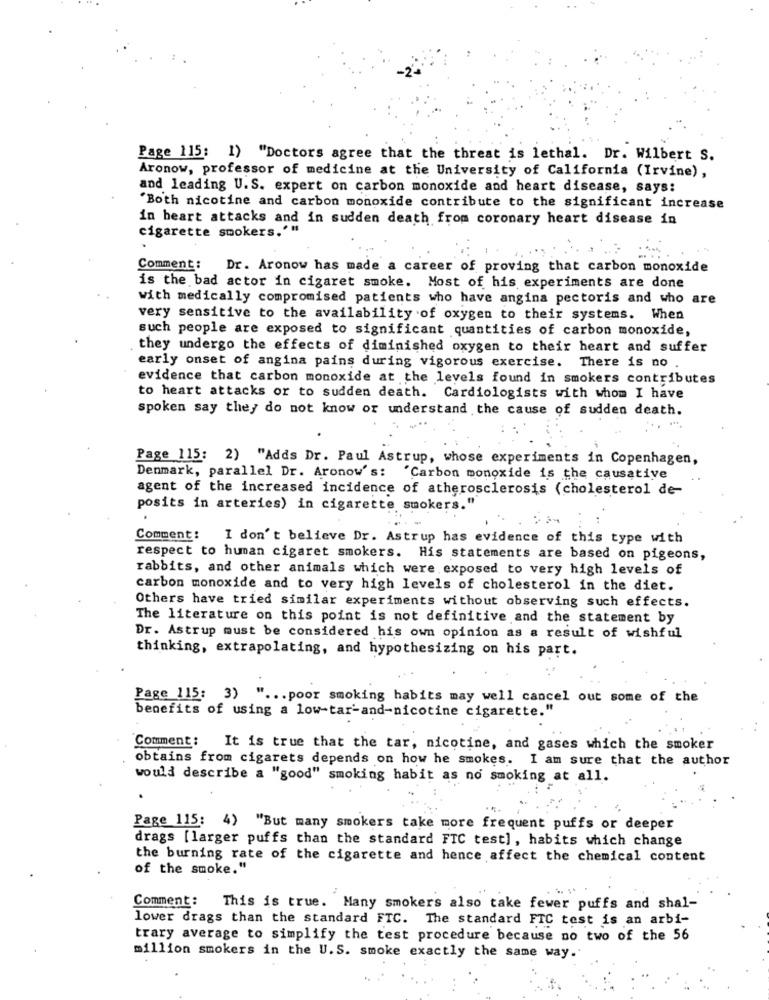
Page 115: 1) "Doctors agree that the threat is lethal. Dr. Wilbert S.
Aronow, professor of medicine at the University of California (Irvine),
and leading U.S. expert on carbon monoxide and heart disease, says:
"Both nicotine and carbon monoxide contribute to the significant increase
in heart attacks and in sudden death from coronary heart disease in
cigarette smokers.'"
Comment: Dr. Aronow has made a career of proving that carbon monoxide
is the bad actor in cigaret smoke. Most of his experiments are done
with medically compromised patients who have angina pectoris and who are
very sensitive to the availability of oxygen to their systems. When
such people are exposed to significant quantities of carbon monoxide,
they undergo the effects of diminished oxygen to their heart and suffer
early onset of angina pains during vigorous exercise. There is no
evidence that carbon monoxide at the levels found in smokers contributes
to heart attacks or to sudden death. Cardiologists with whom I have
spoken say they do not know or understand the cause of sudden death.
Page 115: 2) "Adds Dr. Paul Astrup, whose experiments in Copenhagen,
Denmark, parallel Dr. Aronow's: 'Carbon monoxide is the causative
agent of the increased incidence of atherosclerosis (cholesterol de-
posits in arteries) in cigarette smokers."
Comment :
I don't believe Dr. Astrup has evidence of this type with
respect to human cigaret smokers. His statements are based on pigeons,
rabbits, and other animals which were exposed to very high levels of
carbon monoxide and to very high levels of cholesterol in the diet.
Others have tried similar experiments without observing such effects.
The literature on this point is not definitive and the statement by
Dr. Astrup must be considered his own opinion as a result of wishful
thinking, extrapolating, and hypothesizing on his part.
Page 115: 3) " ... poor smoking habits may well cancel out some of the
benefits of using a low-tar-and-nicotine cigarette."
Comment :
It is true that the tar, nicotine, and gases which the smoker
obtains from cigarets depends on how he smokes. I am sure that the author
would describe a "good" smoking habit as no smoking at all.
...
Page 115: 4) "But many smokers take more frequent puffs or deeper
drags [larger puffs than the standard FTC test], habits which change
the burning rate of the cigarette and hence affect the chemical content
of the smoke."
Comment: This is true. Many smokers also take fewer puffs and shal-
lower drags than the standard FTC. The standard FTC test is an arbi-
trary average to simplify the test procedure because no two of the 56
million smokers in the U.S. smoke exactly the same way.